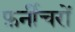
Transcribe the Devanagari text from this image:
फ़र्नीचरों